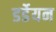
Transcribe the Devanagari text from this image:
डर्डेयन